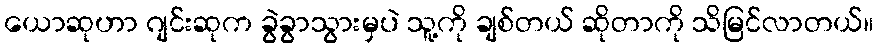
ယောဆုဟာ ဂျင်းဆုက ခွဲခွာသွားမှပဲ သူ့ကို ချစ်တယ် ဆိုတာကို သိမြင်လာတယ်။